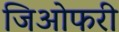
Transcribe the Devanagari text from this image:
जिओफरी